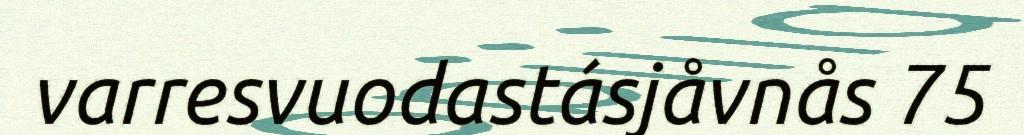
varresvuodastásjåvnås 75